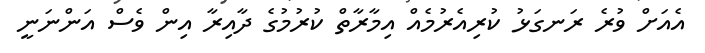
އެއަށް ވުރެ ރަނގަޅު ކުރިއެރުމެއް އިމާރާތް ކުރުމުގެ ދާއިރާ އިން ވެސް އަންނަނީ